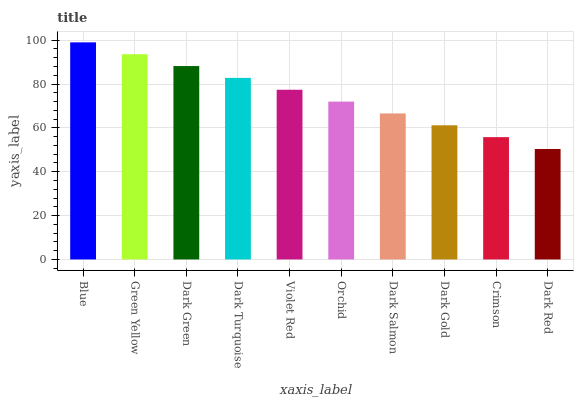
| xaxis_label | bars |
 | --- | --- |
 | Blue | 99 |
 | Green Yellow | 93.6 |
 | Dark Green | 88.2 |
 | Dark Turquoise | 82.8 |
 | Violet Red | 77.4 |
 | Orchid | 72 |
 | Dark Salmon | 66.6 |
 | Dark Gold | 61.2 |
 | Crimson | 55.8 |
 | Dark Red | 50.4 |